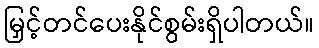
မြှင့်တင်ပေးနိုင်စွမ်းရှိပါတယ်။